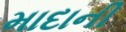
માદાની